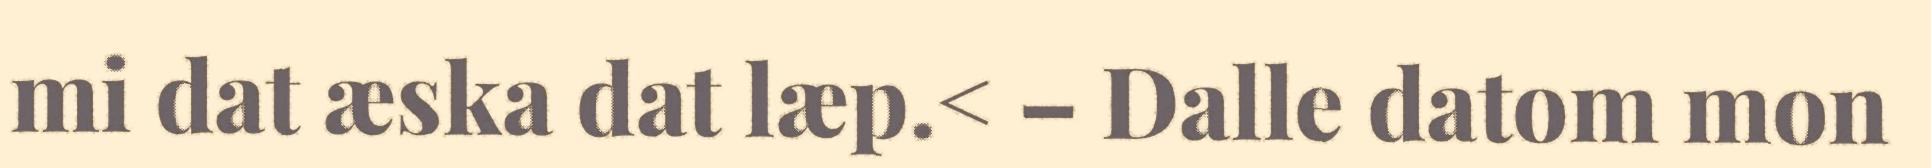
mi dat æska dat læp.< – Dalle datom mon